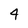
Character: 4